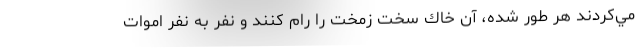
مي‌كردند هر طور شده، آن خاك سخت زمخت را رام كنند و نفر به نفر اموات